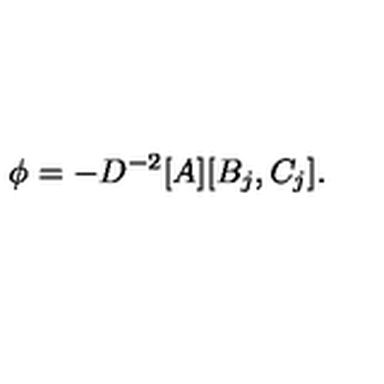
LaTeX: \phi = - D ^ { - 2 } [ A ] [ B _ { j } , C _ { j } ] .